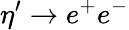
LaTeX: \eta^{\prime}\rightarrow e^{+}e^{-}